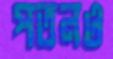
পতনও